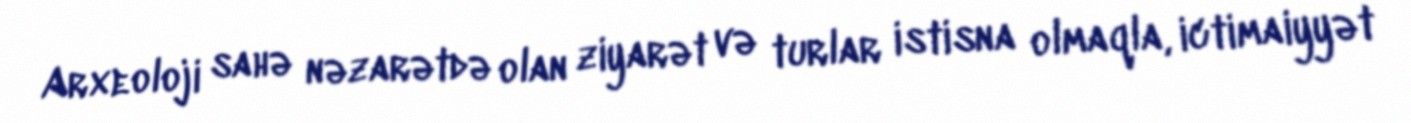
Arxeoloji sahə nəzarətdə olan ziyarət və turlar istisna olmaqla, ictimaiyyət